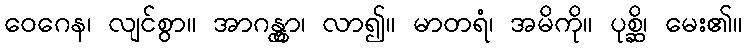
ဝေဂေန၊ လျင်စွာ။ အာဂန္တွာ၊ လာ၍။ မာတရံ၊ အမိကို။ ပုစ္ဆိ၊ မေး၏။